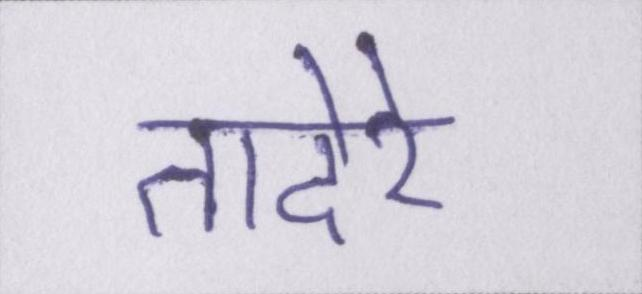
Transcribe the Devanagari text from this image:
तादेरे